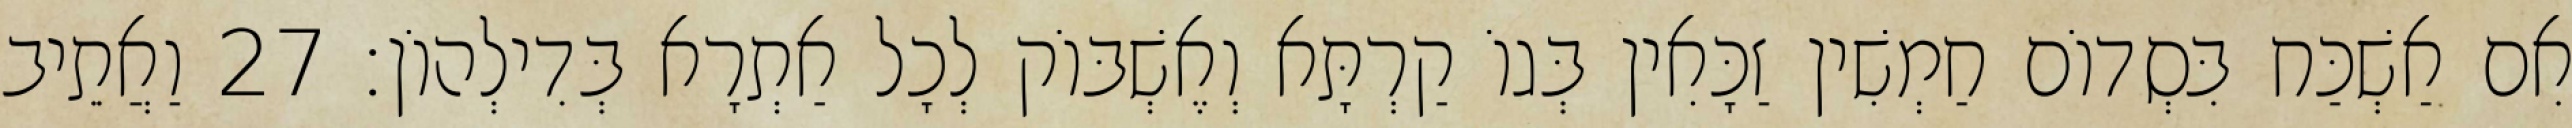
אִם אַשְׁכַּח בִּסְדוֹם חַמְשִׁין זַכָּאִין בְּגוֹ קַרְתָּא וְאֶשְׁבּוֹק לְכָל אַתְרָא בְּדִילְהוֹן׃ 27 וַאֲתֵיב